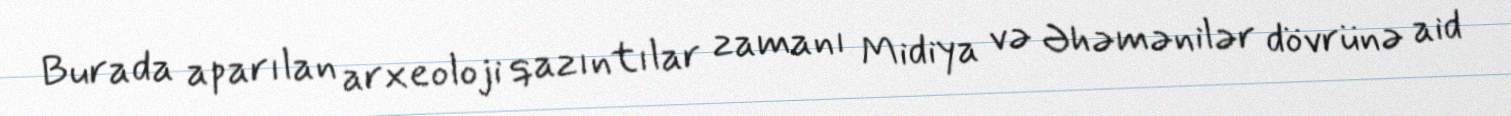
Burada aparılan arxeoloji qazıntılar zamanı Midiya və Əhəmənilər dövrünə aid